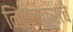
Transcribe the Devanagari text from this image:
निंबाळकरांचे